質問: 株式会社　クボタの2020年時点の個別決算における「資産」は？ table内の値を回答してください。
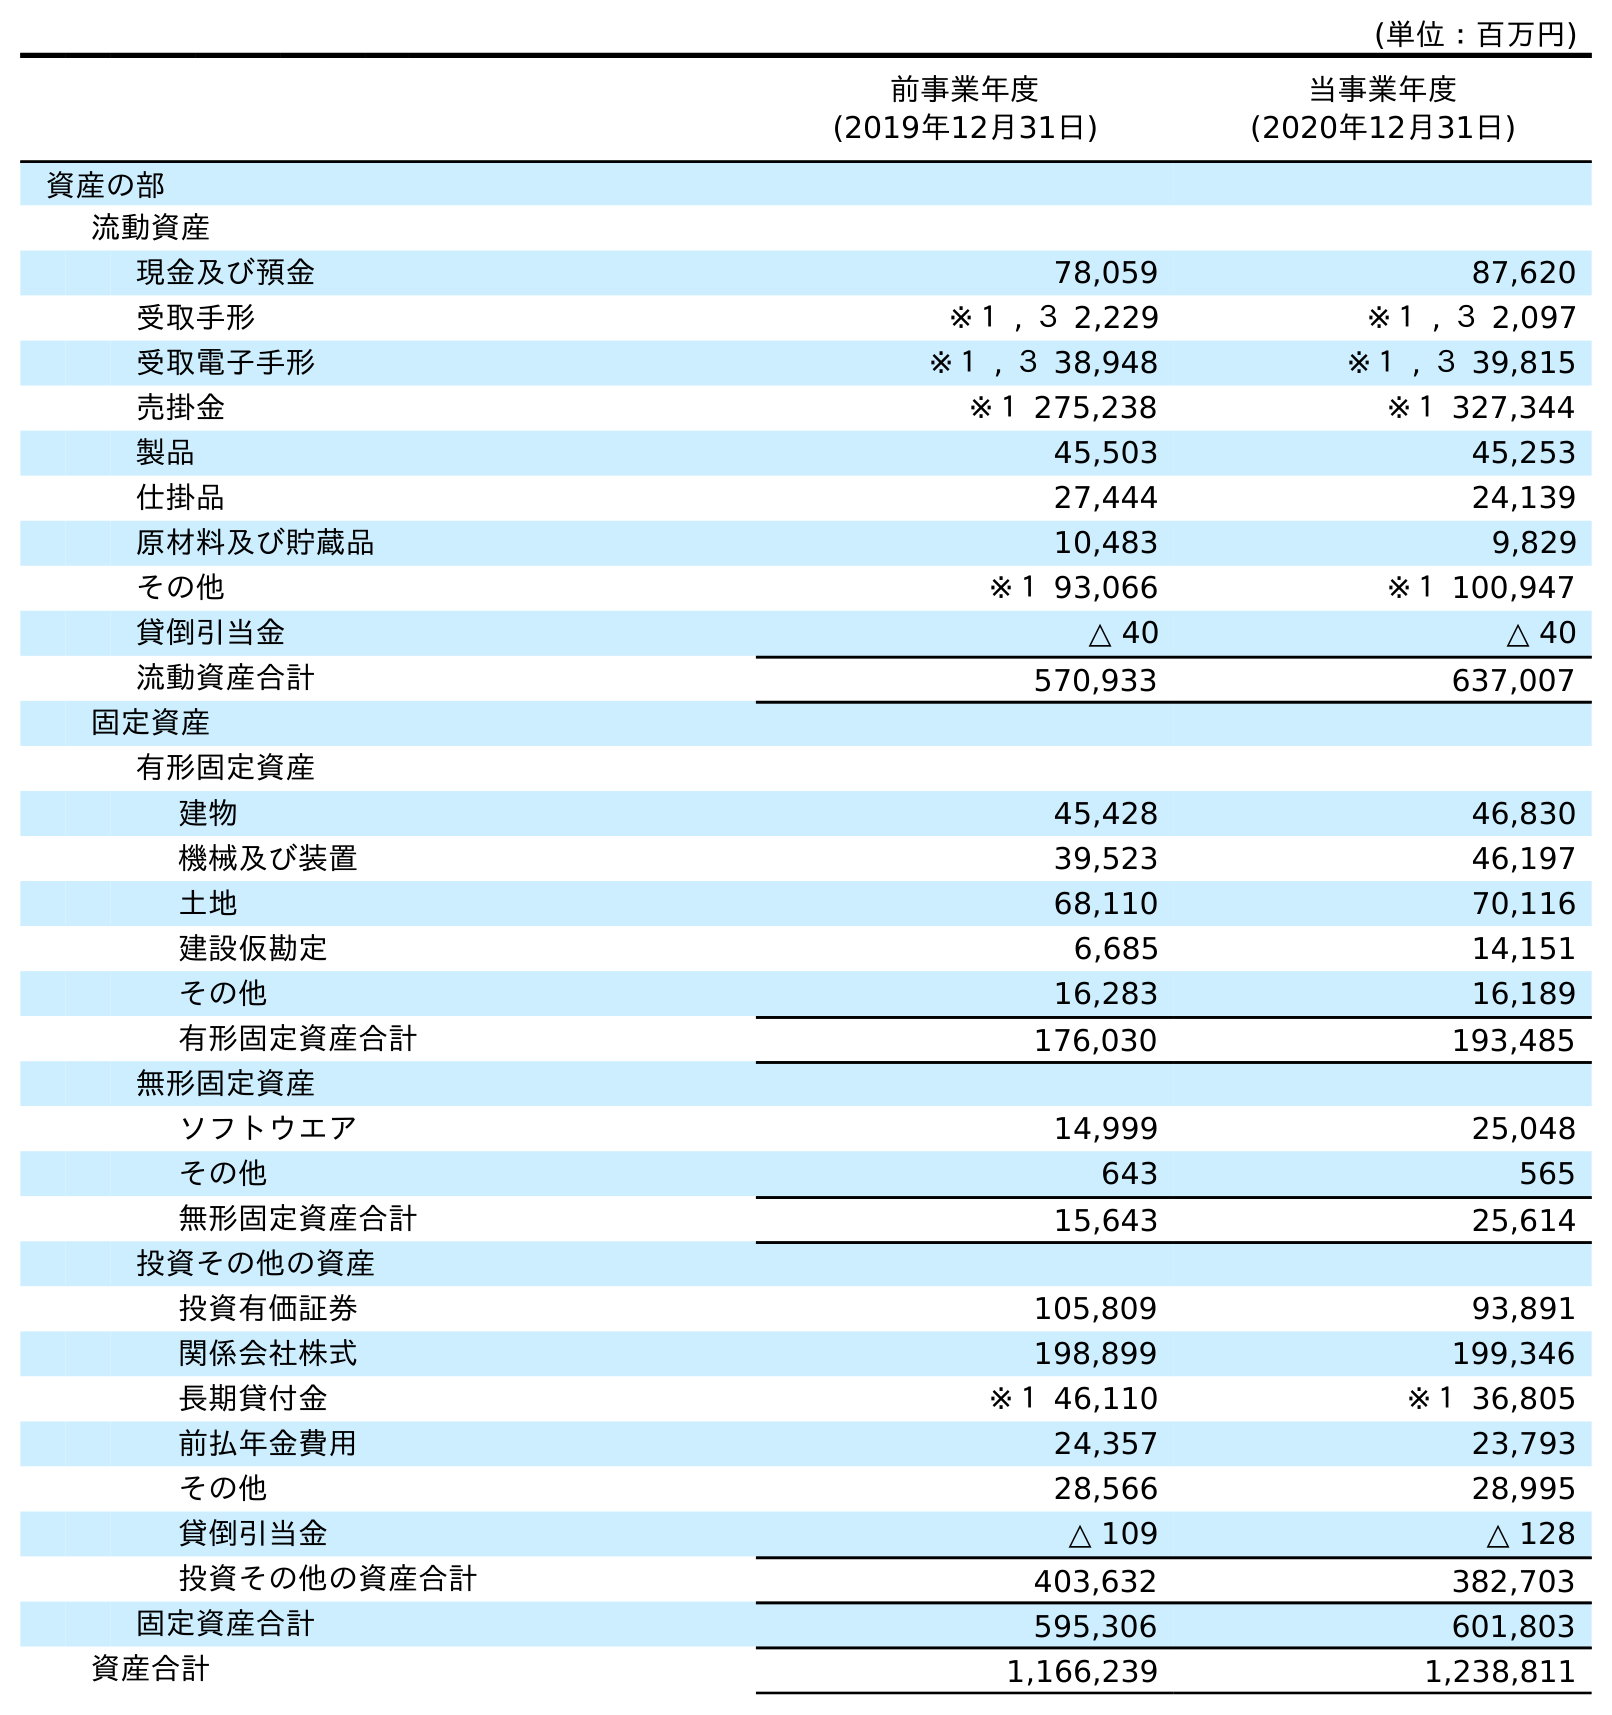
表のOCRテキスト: (単位：百万円) 前事業年度 (2019年12月31日) 当事業年度 (2020年12月31日) 資産の部 流動資産 現金及び預金 78,059 87,620 受取手形 ※１ , ３ 2,229 ※１ , ３ 2,097 受取電子手形 ※１ , ３ 38,948 ※１ , ３ 39,815 売掛金 ※１ 275,238 ※１ 327,344 製品 45,503 45,253 仕掛品 27,444 24,139 原材料及び貯蔵品 10,483 9,829 その他 ※１ 93,066 ※１ 100,947 貸倒引当金 △ 40 △ 40 流動資産合計 570,933 637,007 固定資産 有形固定資産 建物 45,428 46,830 機械及び装置 39,523 46,197 土地 68,110 70,116 建設仮勘定 6,685 14,151 その他 16,283 16,189 有形固定資産合計 176,030 193,485 無形固定資産 ソフトウエア 14,999 25,048 その他 643 565 無形固定資産合計 15,643 25,614 投資その他の資産 投資有価証券 105,809 93,891 関係会社株式 198,899 199,346 長期貸付金 ※１ 46,110 ※１ 36,805 前払年金費用 24,357 23,793 その他 28,566 28,995 貸倒引当金 △ 109 △ 128 投資その他の資産合計 403,632 382,703 固定資産合計 595,306 601,803 資産合計 1,166,239 1,238,811
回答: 1,238,811